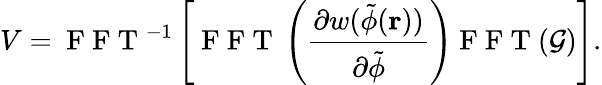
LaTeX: V=\mathrm{~F~F~T~}^{-1}\left[\mathrm{~F~F~T~}\left(\frac{\partial w(\tilde{\phi}(\mathbf{r}))}{\partial\tilde{\phi}}\right)\mathrm{~F~F~T~}(\mathcal{G})\right].